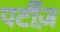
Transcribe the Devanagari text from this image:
पर्टीज़